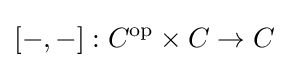
[-,-]:C^{\text{op}}\times C\to C